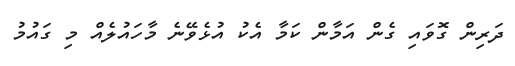
ދަރިން ގޮވައި ގެން އަމާން ކަމާ އެކު އުޅެވޭނެ މާހައުލެއް މި ގައުމު